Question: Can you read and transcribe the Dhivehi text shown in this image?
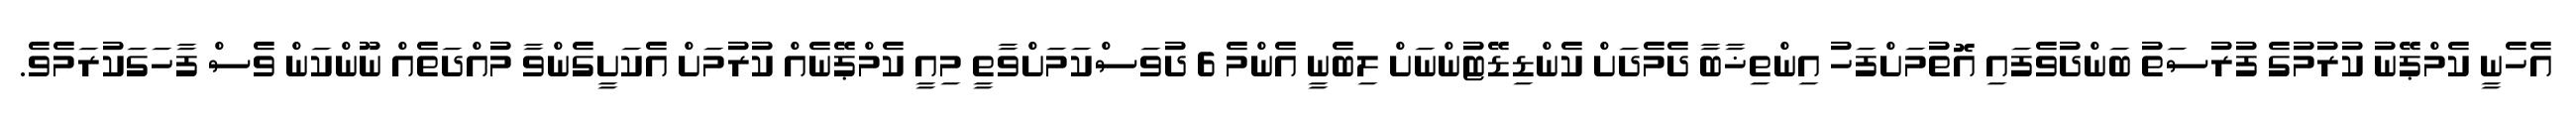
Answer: އެހެނީ ކެމްޕޭނު ކުރުމުގެ ފުރުސަތު ބަންދުވެފައި އޮތުމަށްފަހު އިންތިޚާބާ ދެމެދަށް ކެންޑިޑޭޓުންނަށް ލިބެނީ އެންމެ 6 ދުވަސްކަމަށްވާތީ މިއީ ކެމްޕޭނެއް ކުރުމަށް އެކަށީގެންވާ މުއްދަތެއް ނޫންކަން ވެސް ފާހަގަކުރަމެވެ.